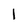
Character: l